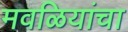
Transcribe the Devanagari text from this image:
मवळियांचा